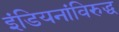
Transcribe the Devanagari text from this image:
इंडियनांविरुद्ध